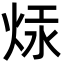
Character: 㶹